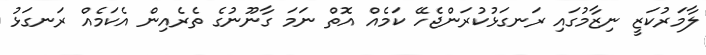
ލާމަރުކަޒީ ނިޒާމުގައި ރަނގަޅުކުރަންޖެހޭ ކަމެއް އޮތް ނަމަ ގާނޫނުގެ ތެރެއިން އެކަމެއް ރަނގަޅު